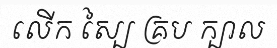
លើក ស្បៃ គ្រប ក្បាល